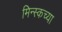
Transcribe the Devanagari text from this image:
मिन्स्कच्या